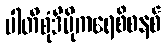
ပါတီစုံဒီမိုကရေစီစနစ်